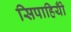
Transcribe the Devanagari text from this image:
सिपाहियोँ